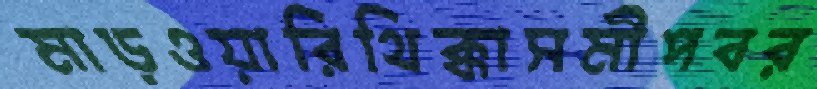
মাড়ওয়ারিথিক্কাসমীপবর